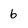
Character: 6